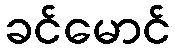
ခင်မောင်